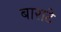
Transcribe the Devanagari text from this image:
बाराटे